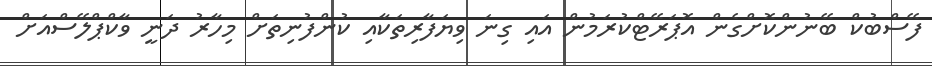
ފޭސްބުކް ބޭނުންކޮށްގެން އޮޕަރޭޓްކުރަމުން އައި ގިނަ ވިޔަފާރިތަކާއި ކުންފުނިތަށް މިހާރު ދަނީ ވާކްޕްލޭސްއަށް